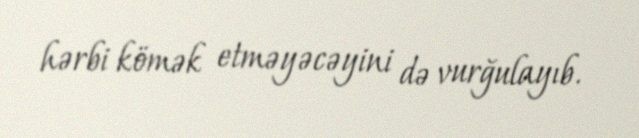
hərbi kömək etməyəcəyini də vurğulayıb.